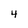
Character: 4